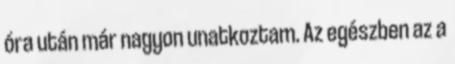
óra után már nagyon unatkoztam. Az egészben az a